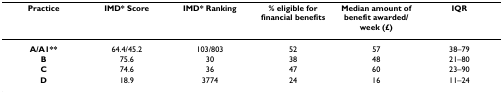
<table><thead><tr><td><b>Practice</b></td><td><b>IMD* Score</b></td><td><b>IMD* Ranking</b></td><td><b>% eligible for financial benefits</b></td><td><b>Median amount of benefit awarded/week (£)</b></td><td><b>IQR</b></td></tr></thead><tbody><tr><td><b>A/A1**</b></td><td>64.4/45.2</td><td>103/803</td><td>52</td><td>57</td><td>38–79</td></tr><tr><td><b>B</b></td><td>75.6</td><td>30</td><td>38</td><td>48</td><td>21–80</td></tr><tr><td><b>C</b></td><td>74.6</td><td>36</td><td>47</td><td>60</td><td>23–90</td></tr><tr><td><b>D</b></td><td>18.9</td><td>3774</td><td>24</td><td>16</td><td>11–24</td></tr></tbody></table>